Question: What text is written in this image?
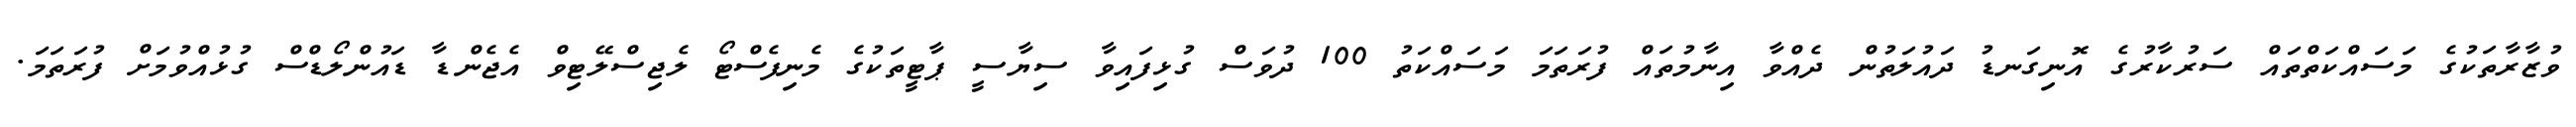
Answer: ވުޒާރާތަކުގެ މަސައްކަތްތައް ސަރުކާރުގެ އޮނިގަނޑު ދައުލަތުން ދެއްވާ އިނާމުތައް ފުރަތަމަ މަސައްކަތު 100 ދުވަސް ގުޅިފައިވާ ސިޔާސީ ޕާޓީތަކުގެ މެނިފެސްޓޯ ލެޖިސްލޭޓިވް އެޖެންޑާ ޑައުންލޯޑްސް ގުޅުއްވުމަށް ފުރަތަމަ.